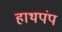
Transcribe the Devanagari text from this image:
हाथपंप